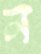
ন